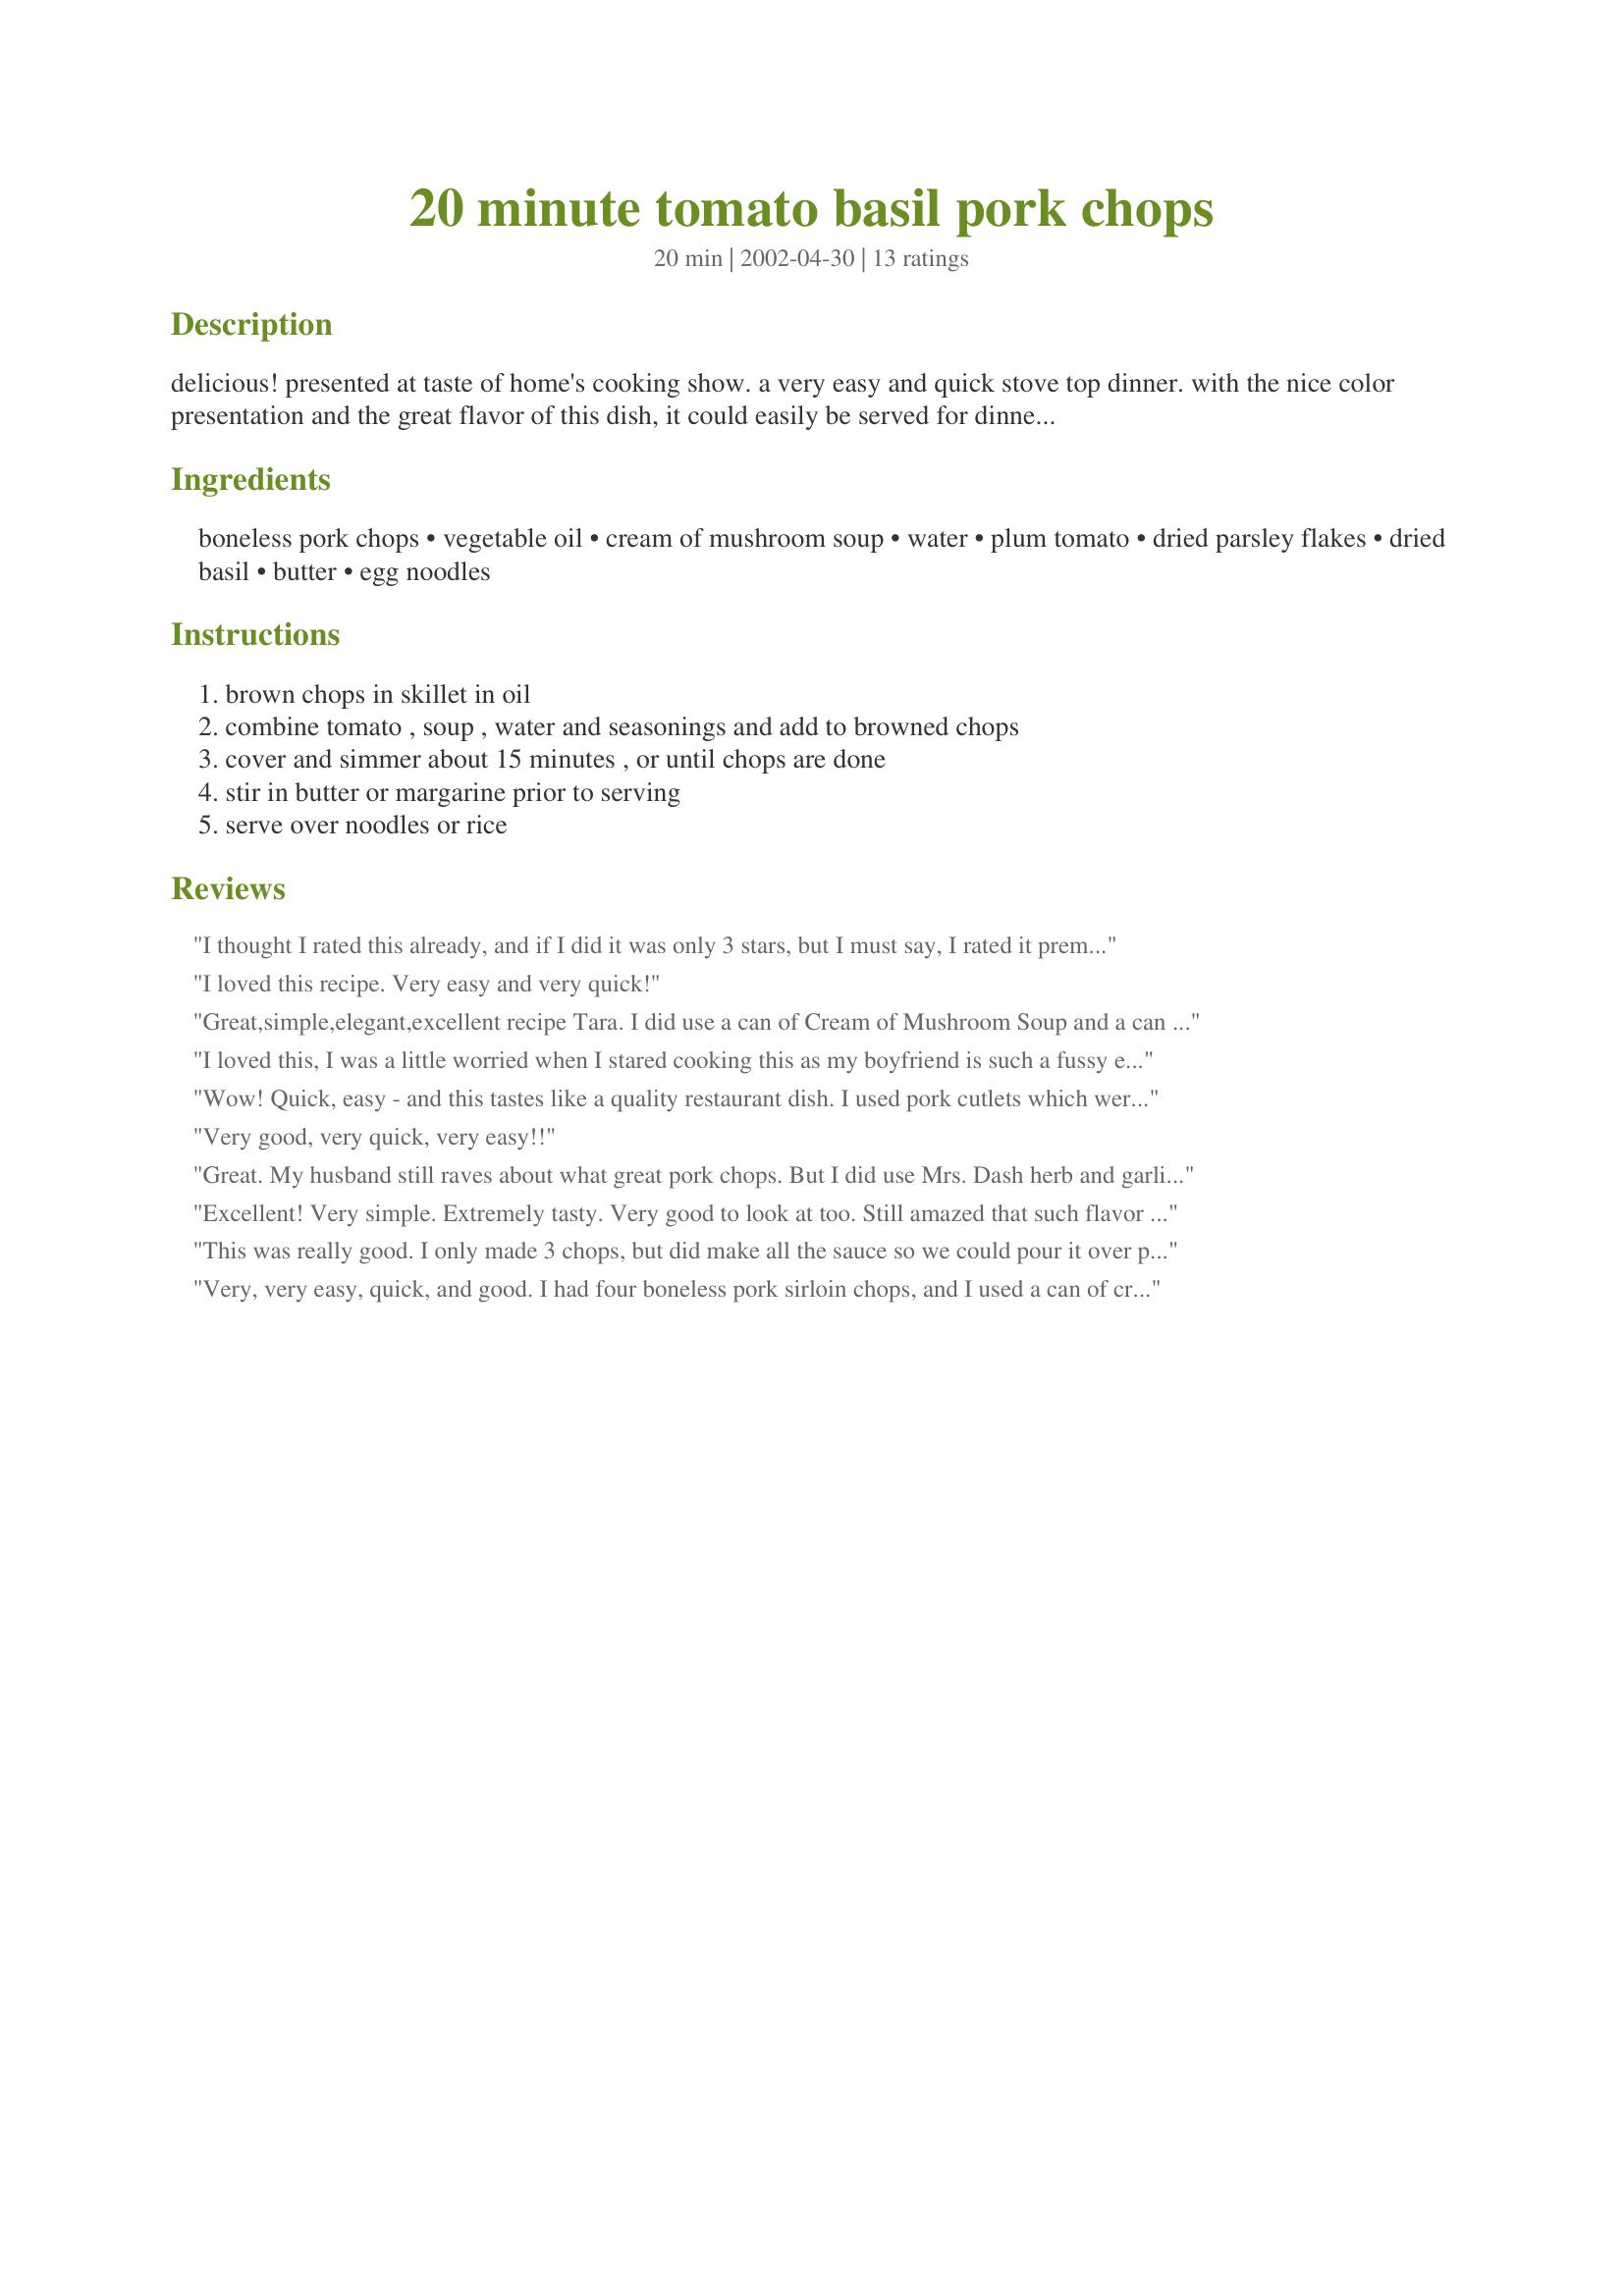
20 minute tomato basil pork chops
Preparation time: 20 minutes

delicious! presented at taste of home's cooking show. a very easy and quick stove top dinner. with the nice color presentation and the great flavor of this dish, it could easily be served for dinner party as well.

Ingredients:
boneless pork chops, vegetable oil, cream of mushroom soup, water, plum tomato, dried parsley flakes, dried basil, butter, egg noodles

Steps:
brown chops in skillet in oil, combine tomato , soup , water and seasonings and add to browned chops, cover and simmer about 15 minutes , or until chops are done, stir in butter or margarine prior to serving, serve over noodles or rice

Reviews:
I thought I rated this already, and if I did it was only 3 stars, but I must say, I rated it prematurely!! It does not look that appetizing when mixing the ingredients together but boy it sure does taste good once its all done....originally I gave it three stars as is, but with modifications its a 4 star recipe...I added beef boullion, double the sauce, added garlic powder and bay leaf and seasoned the meat...after that it was yummy!!!
I loved this recipe. Very easy and very quick!
Great,simple,elegant,excellent recipe Tara. I did use a can of Cream of Mushroom Soup and a can of Cream of Mushroom Soup with Roasted Garlic. That was the only change I made. Served the chops over rice with the "gravy" and look forward to trying with egg noodles as well. Thank you for another winning pork chop recipe.
Tweeky a.k.a. Judi
I loved this, I was a little worried when I stared cooking this as my boyfriend is such a fussy eater and dose not like mushrooms - however I gave it a go...he eat the hole lot!! So quick and easy, will be cooking again!!
Wow! Quick, easy - and this tastes like a quality restaurant dish. I used pork cutlets which were fairly thin, and they cooked beautifully. I chopped a regular tomato, and it worked just fine; and I had no parsley, dried or fresh, so left that out. I chopped several leaves of fresh basil at the very end, and served over broad egg noodles. Such a simple recipe that yields such gourmet fare! Outstanding! Thanks, Tara!
Very good, very quick, very easy!!
Great. My husband still raves about what great pork chops. But I did use Mrs. Dash herb and garlic instead of the parsley and basil. Only because that is what I had in the cabinet.
Excellent! Very simple. Extremely tasty. Very good to look at too. Still amazed that such flavor could come out of such an easy to follow recipe. Thank you for posting this. I highly reccomend this one.
This was really good. I only made 3 chops, but did make all the sauce so we could pour it over pasta. I added some garlic powder and some chopped mushrooms. Great dinner!
Very, very easy, quick, and good. I had four boneless pork sirloin chops, and I used a can of cream of mushroom soup and a large ripe tomato, since I didn't have romas. I couldn't picture how this would turn out with that combination, but it was very good. Not too much tomato, and you would probably never guess it was made with canned soup. Delicious fast meal. Thanks for posting.
Tara, this was excellent! So full of flavour for something so quick & easy! I was only cooking a small amount,(thought I defrosted 3 pork chops, but it ended up being 4) so I basically cut the sauce ingredients in half. It was still plenty for the 4 chops, any more though, and yes, I would definitely make the full recipe. The only thing I had to do differently was use canned diced tomatoes instead of plum, as it was what I had on hand. The tomato basil flavour was a nice change of pace for pork chops, we really enjoyed it. Thanks so much,looking forward to making this again! :)
I wasn't really that pleased with how this turned out. The sauce was extremely runny (due to the tomatoes?) and I thought it was bland. I would not do this again.
WOW-WOW-WOW were these GREAT! My husband cannot stop raving about these. I served them with rice, and the sauce is just fantastic! LOVE IT! Today we had the leftovers, and they were still heavenly warmed up! Thanks for a great new way to spice up the chops!
